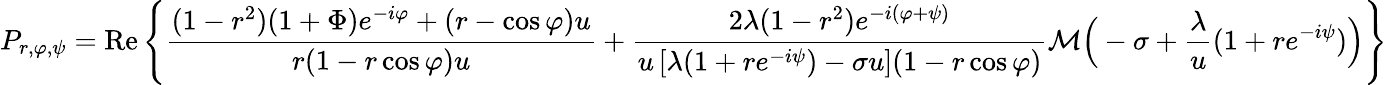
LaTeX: P_{r,\varphi,\psi}=\mathrm{Re}\left\{ \frac{(1-r^{2})(1+\Phi)e^{-i\varphi}+(r-\cos\varphi)u}{r(1-r\cos\varphi)u}+\frac{2\lambda(1-r^{2})e^{-i(\varphi+\psi)}}{u\left[\lambda(1+re^{-i\psi})-\sigma u\right](1-r\cos\varphi)}\mathcal M\Big(-\sigma+\frac{\lambda}{u}(1+re^{-i\psi})\Big)\right\}